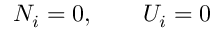
N _ { i } = 0 , \qquad U _ { i } = 0